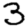
Digit: 3